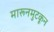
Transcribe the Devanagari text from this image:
मारूनमुटकून